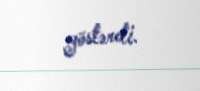
göstərdi.